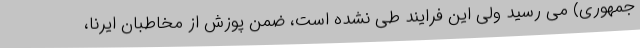
جمهوری) می رسید ولی این فرایند طی نشده است، ضمن پوزش از مخاطبان ایرنا،